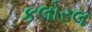
કલોરલ